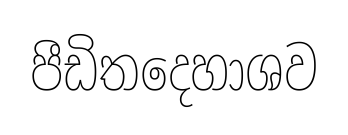
පීඩිතදෙහාශව